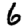
Digit: 6